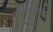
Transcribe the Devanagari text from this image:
हृदयकपाटों